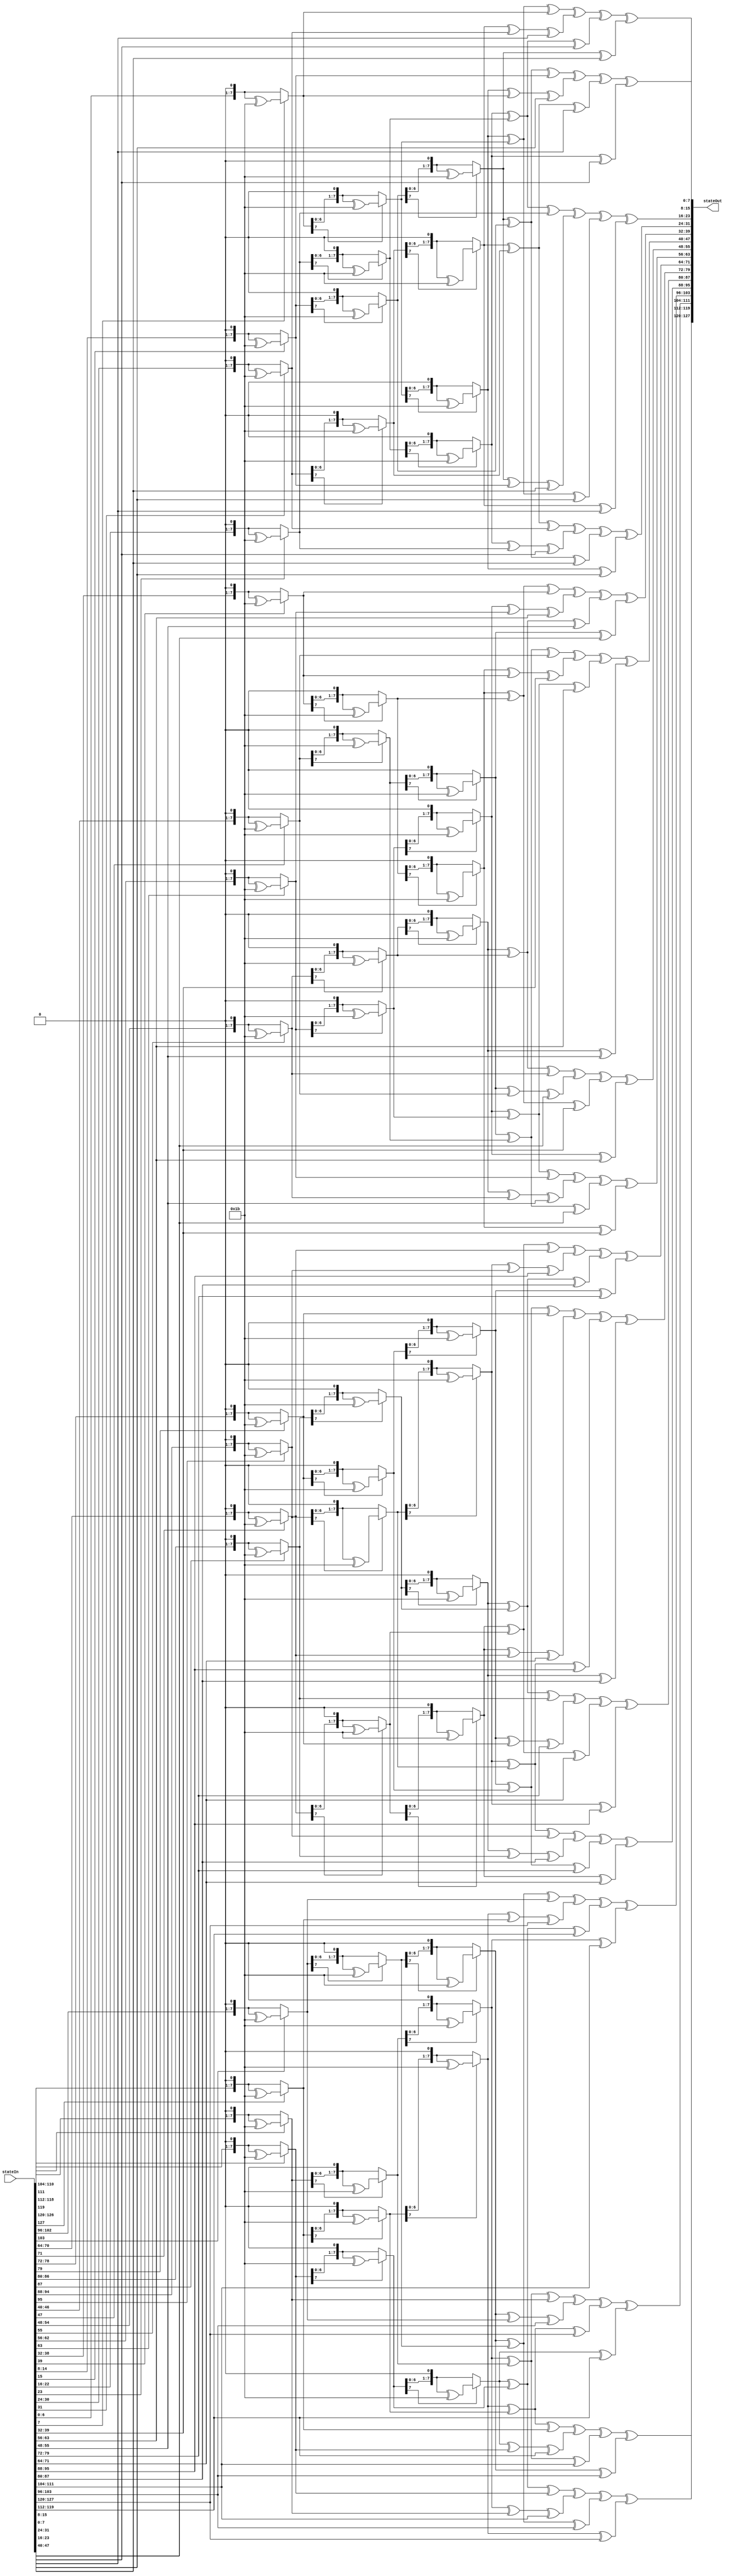
module InvMixColumns(stateIn, stateOut);
	input [127:0] stateIn;
	output [127:0] stateOut;
	
	// Function to multiply by 2 and fix the overflow
	function [7:0] mul2(input [7:0] in, input integer n);
		integer i;
		begin
			for(i = 0; i < n; i = i + 1)begin
				if(in[7] == 1) in = (in << 1) ^ 8'h1B;
				else in = in << 1;
			end
			mul2 = in;
		end
	endfunction

	function [7:0] mb0e; // Multiply by 0e
	input [7:0] x;
	begin
		mb0e = mul2(x,3) ^ mul2(x,2)^ mul2(x,1);
	end
	endfunction

	function [7:0] mb0d; // Multiply by 0d
	input [7:0] x;
	begin
		mb0d = mul2(x,3) ^ mul2(x,2) ^ x;
	end
	endfunction

	function [7:0] mb0b;  // Multiply by 0b
	input [7:0] x;
	begin
		mb0b = mul2(x,3) ^ mul2(x,1) ^ x;
	end
	endfunction

	function [7:0] mb09; // Multiply by 09
	input [7:0] x;
	begin
		mb09 = mul2(x,3) ^  x;
	end
	endfunction
	
	genvar i;
	generate
		for(i = 0; i < 4; i = i + 1) begin: InvMixColumnsLoop
			//state[0,c] = 0e*state[0,c] + 0b*state[1,c] + 0d*state[2,c] + 09*state[3,c]
			assign stateOut[32*i+24+:8] =  mb0e(stateIn[32*i+24+:8]) ^ mb0b(stateIn[32*i+16+:8]) ^ mb0d(stateIn[32*i+8 +:8]) ^ mb09(stateIn[32*i   +:8]);
			
			//state[1,c] = 0e*state[1,c] + 0b* state[2,c] + 0d*state[3,c] + 09*state[0,c]
			assign stateOut[32*i+16+:8] =  mb0e(stateIn[32*i+16+:8]) ^ mb0b(stateIn[32*i+8 +:8]) ^ mb0d(stateIn[32*i   +:8]) ^ mb09(stateIn[32*i+24+:8]);
			
			//state[2,c] = 0e*state[2,c] + 0b* state[3,c] + 0d*state[0,c] + 09*state[1,c]
			assign stateOut[32*i+8 +:8] =  mb0e(stateIn[32*i+8 +:8]) ^ mb0b(stateIn[32*i   +:8]) ^ mb0d(stateIn[32*i+24+:8]) ^ mb09(stateIn[32*i+16+:8]);
			
			//state[3,c] = 0e*state[3,c] + 0b* state[0,c] + 0d*state[1,c] + 09*state[2,c]
			assign stateOut[32*i   +:8] =  mb0e(stateIn[32*i   +:8]) ^ mb0b(stateIn[32*i+24+:8]) ^ mb0d(stateIn[32*i+16+:8]) ^ mb09(stateIn[32*i+8 +:8]);
		end
	endgenerate
endmodule

module InvMixColumns_DUT();
	reg [127:0] stateIn;
	wire [127:0] stateOut;

	InvMixColumns imc(stateIn, stateOut);

	initial begin
		stateIn = 128'hbd6e7c3df2b5779e0b61216e8b10b689;
		#10
		stateIn = 128'hfde3bad205e5d0d73547964ef1fe37f1;
		#10
		stateIn = 128'hd1876c0f79c4300ab45594add66ff41f;
	end

	initial begin
		$display("InvMixColumns_DUT");
		$display("==================================");
		$monitor("Expected: 4773b91ff72f354361cb018ea1e6cf2c, Actual: %h\n", stateOut);
		#10
		$monitor("Expected: 2d7e86a339d9393ee6570a1101904e16, Actual: %h\n", stateOut);
		#10
		$monitor("Expected: 39daee38f4f1a82aaf432410c36d45b9, Actual: %h\n", stateOut);
	end
endmodule